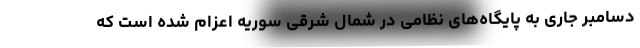
دسامبر جاری به پایگاه‌های نظامی در شمال شرقی سوریه اعزام شده است که